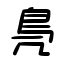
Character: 鳧